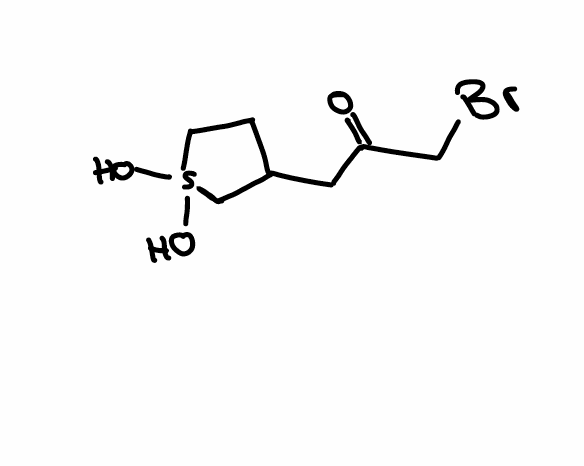
Simplified molecular-input line-entry system (SMILES) notation of the given molecule:
C1CS(CC1CC(=O)CBr)(O)O